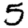
Digit: 5